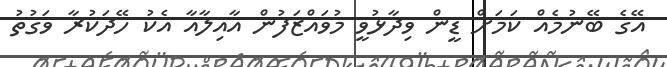
އޭގެ ބޭނުމެއް ކަމަށް ޑީން ވިދާޅުވީ މުވައްޒަފުން އާއިލާއާ އެކު ހޭދަކުރާ ވަގުތު